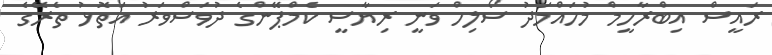
ރައީސް އިބްރާހީމް މުހައްމަދު ސޯލިހް ވަނީ ރިޔާސީ ކެމްޕޭންގެ ދުވަސްވަރު އަތޮޅު ތެރޭގެ